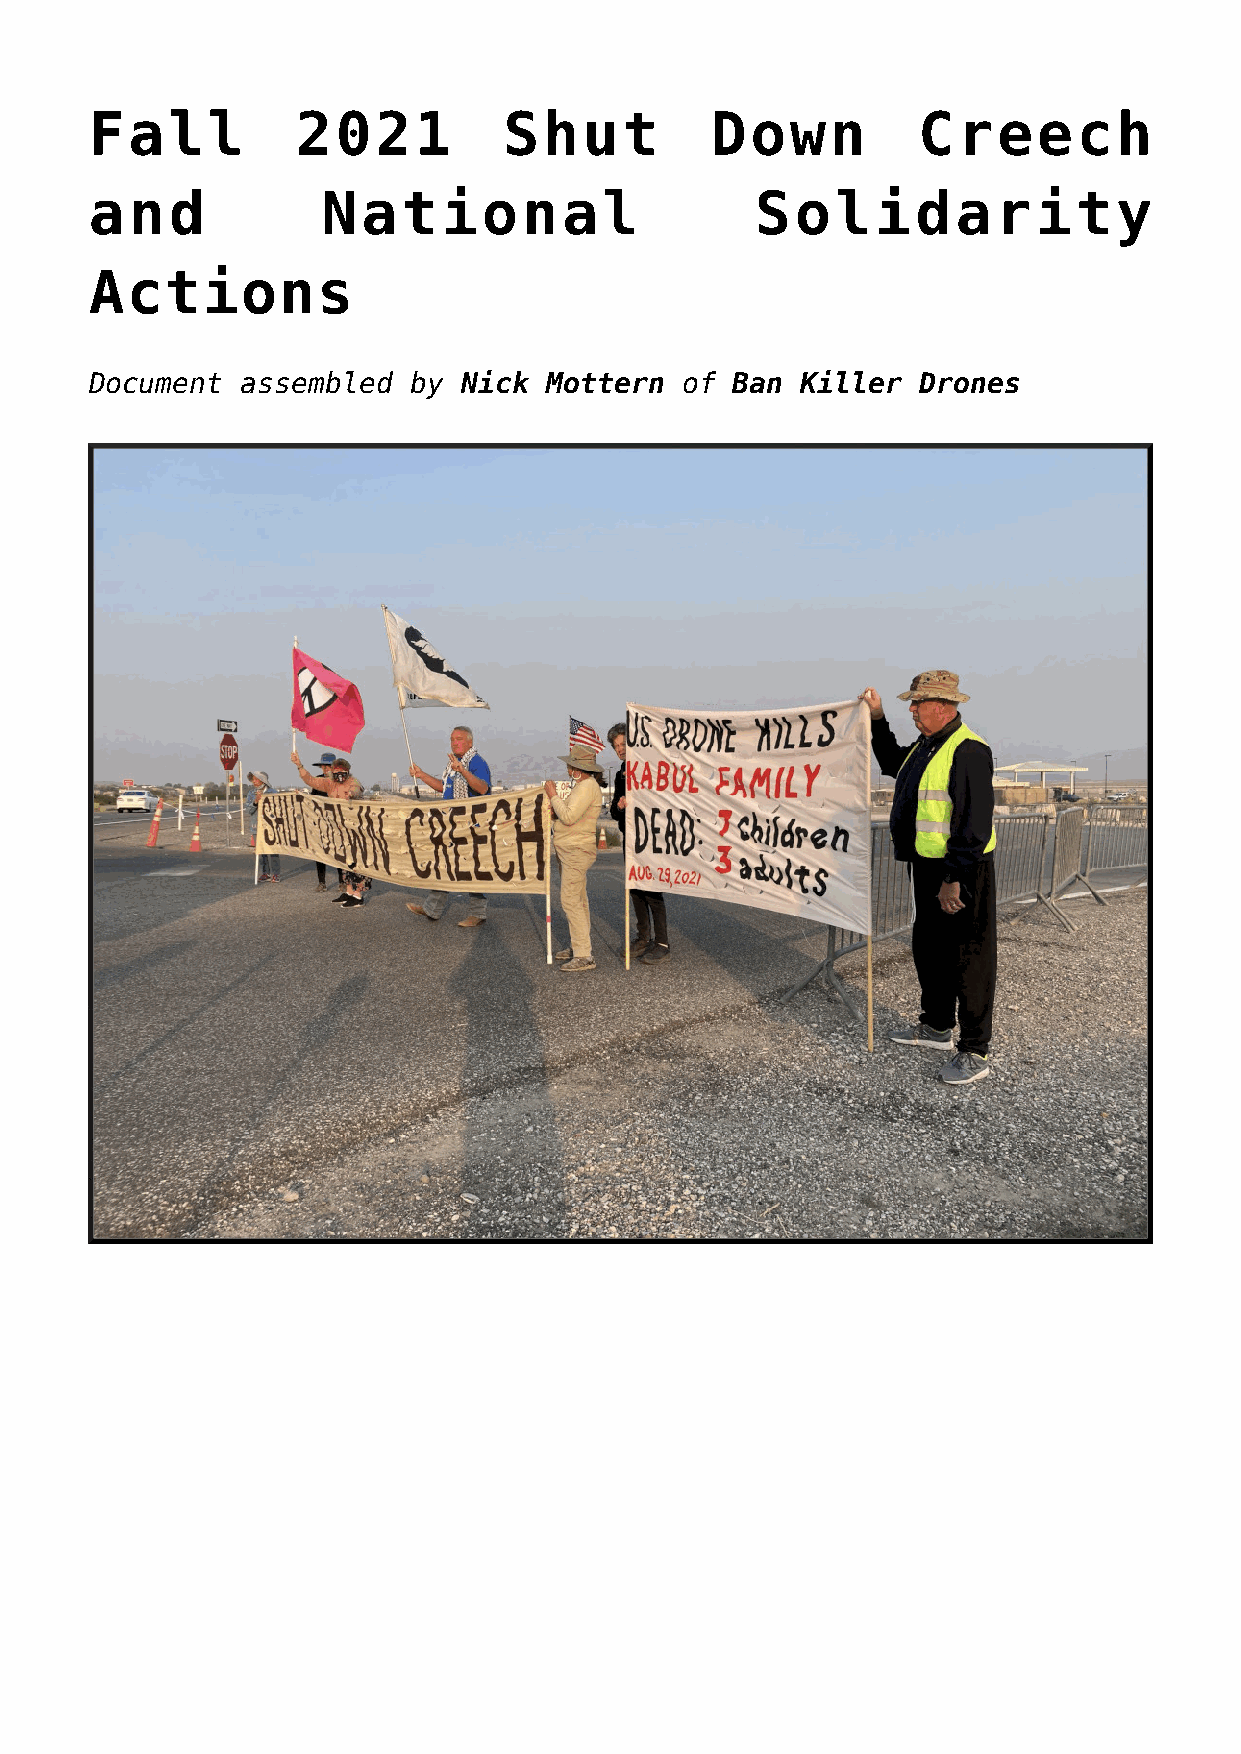
Fall          2021         Shut          Down          Creech
 and            National                     Solidarity
 Actions
 Document  assembled  by  Nick Mottern  of Ban  Killer  Drones